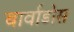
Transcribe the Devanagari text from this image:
बार्वाडोस